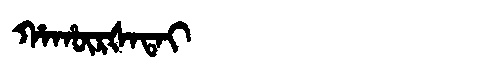
Manchu: ᡥᠠᡥᡡᡵᡧᠠᡨᠠᡳ
Romanization: HAHŪRŠATAI